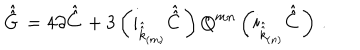
\hat { \hat { G } \, } = 4 \partial \hat { \hat { C } \, } + 3 \left( i _ { \hat { \hat { k } } _ { \scriptscriptstyle ( m ) } } \hat { \hat { C } \, } \right) Q ^ { m n } \left( i _ { \hat { \hat { k } } _ { \scriptscriptstyle ( n ) } } \hat { \hat { C } \, } \right) \, .